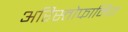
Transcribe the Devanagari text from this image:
अरिस्तोफानिज